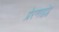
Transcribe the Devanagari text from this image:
प्रेरणाद्वंद्व